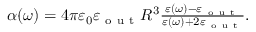
\begin{array} { r } { \alpha ( \omega ) = 4 \pi \varepsilon _ { 0 } \varepsilon _ { \mathrm { ~ o ~ u ~ t ~ } } R ^ { 3 } \frac { \varepsilon ( \omega ) - \varepsilon _ { \mathrm { ~ o ~ u ~ t ~ } } } { \varepsilon ( \omega ) + 2 \varepsilon _ { \mathrm { ~ o ~ u ~ t ~ } } } . } \end{array}